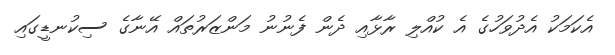
އެކަމަކު އެދުވަހުގެ އެ ކުއްލި ރާޅާއި ދެން ފެނުނު މަންޒަރުތައް އޭނާގެ ސިކުނޑީގައި